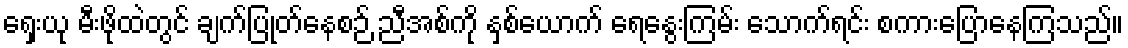
ရှေးယု မီးဖိုထဲတွင် ချက်ပြုတ်နေစဉ် ညီအစ်ကို နှစ်ယောက် ရေနွေးကြမ်း သောက်ရင်း စကားပြောနေကြသည်။